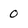
Character: o